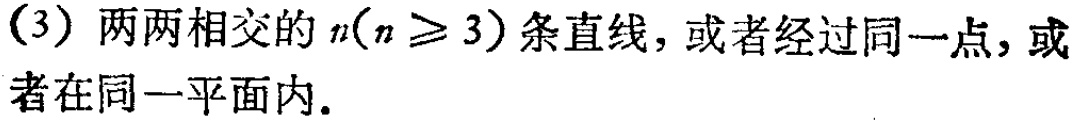
(3) 两两相交的 \(n(n\geq3)\) 条直线，或者经过同一点，或者在同一平面内.